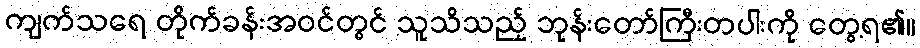
ကျက်သရေ တိုက်ခန်းအဝင်တွင် သူသိသည့် ဘုန်းတော်ကြီးတပါးကို တွေ့ရ၏။